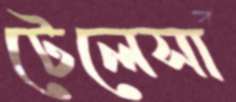
টেলেসা